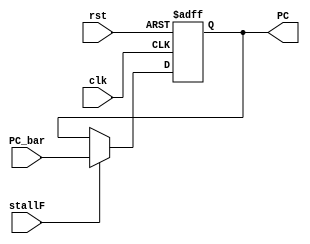
module  pc_counter(

input wire [31:0]PC_bar, 

input wire clk,

input wire rst,

input wire stallF,

output wire [31:0] PC

);

reg [31:0] PC_reg;
assign PC = PC_reg;

always @(posedge clk, negedge rst) 

begin
    
if(!rst)

begin 

PC_reg <= 32'b0;

end 

else if (!stallF)

begin

PC_reg <= PC_reg;

end 

else 

begin

PC_reg <= PC_bar;

end 


end


endmodule